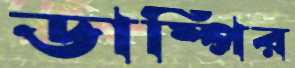
ডাম্পির